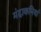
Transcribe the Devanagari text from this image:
मंदाकनियां